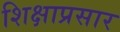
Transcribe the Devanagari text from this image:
शिक्षाप्रसार